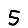
Digit: 5